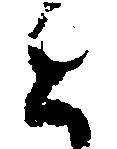
と